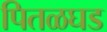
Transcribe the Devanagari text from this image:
पितळघड